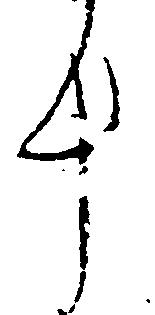
十